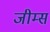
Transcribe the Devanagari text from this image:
जीम्स